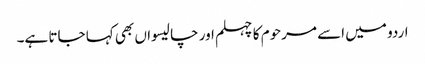
اردو میں اسے مرحوم کا چہلم اور چالیسواں بھی کہا جاتا ہے۔